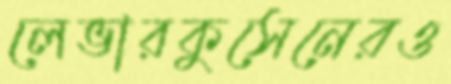
লেভারকুসেনেরও